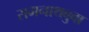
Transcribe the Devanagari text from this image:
रामनाथबुवा